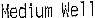
MEDIUM WELL